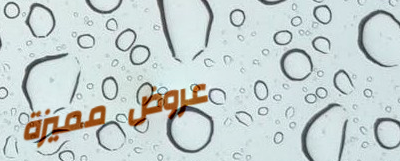
عروض مميزة